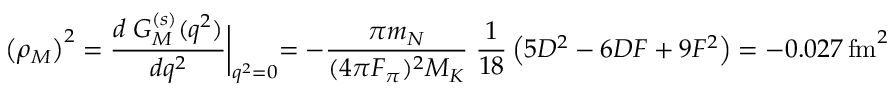
\left( \rho _ { M } \right) ^ { 2 } = \frac { d \; G _ { M } ^ { ( s ) } ( q ^ { 2 } ) } { d q ^ { 2 } } \biggl | _ { q ^ { 2 } = 0 } = - \frac { \pi m _ { N } } { ( 4 \pi F _ { \pi } ) ^ { 2 } M _ { K } } \; \frac { 1 } { 1 8 } \left( 5 D ^ { 2 } - 6 D F + 9 F ^ { 2 } \right) = - 0 . 0 2 7 \, \mathrm { f m } ^ { 2 } ~ .